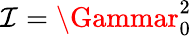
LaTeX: \mathcal{I}=\Gammar_{0}^{2}